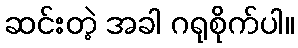
ဆင်းတဲ့ အခါ ဂရုစိုက်ပါ။